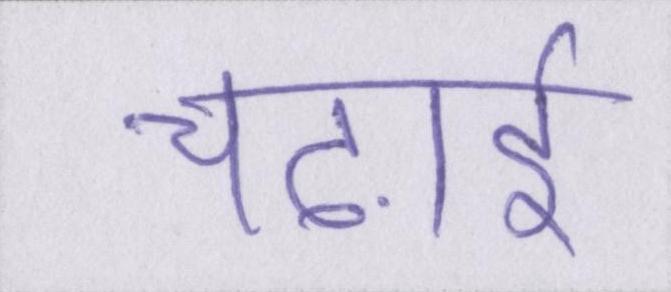
चढ़ाई